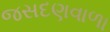
જસદણવાળા